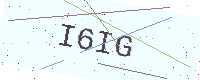
Text: I6IG